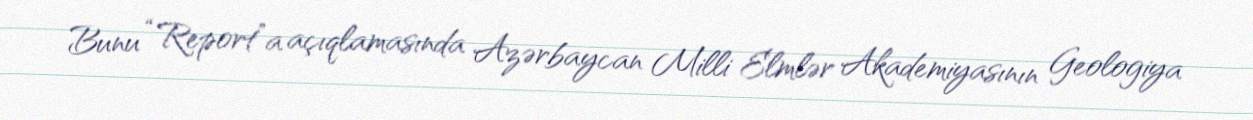
Bunu “Report”a açıqlamasında Azərbaycan Milli Elmlər Akademiyasının Geologiya